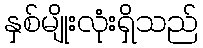
နှစ်မျိုးလုံးရှိသည်